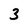
Character: 3